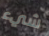
شيء